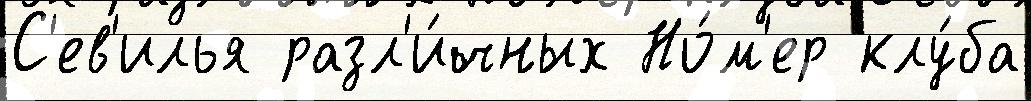
С'ев'илья разл'и́чных Но́м'ер клу́ба